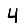
Digit: 4